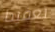
تعقيدا